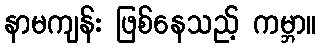
နာမကျန်း ဖြစ်နေသည့် ကမ္ဘာ။